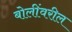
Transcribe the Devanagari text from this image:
बोलींवरील